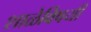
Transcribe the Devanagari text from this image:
शाळेविषयी